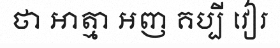
ថា អាត្មា អញ គប្បី វៀរ